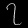
Digit: ၇